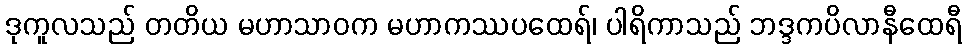
ဒုကူလသည် တတိယ မဟာသာဝက မဟာကဿပထေရ်၊ ပါရိကာသည် ဘဒ္ဒကပိလာနီထေရီ